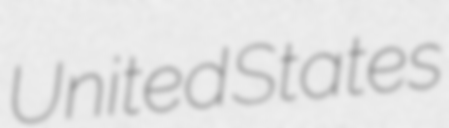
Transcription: United States